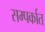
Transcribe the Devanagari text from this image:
सम्पर्कात